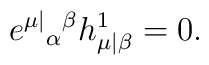
e^{\mu|}{}_\alpha{}^\beta h^1_{\mu|\beta}=0.